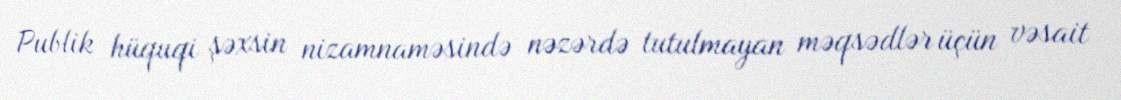
Publik hüquqi şəxsin nizamnaməsində nəzərdə tutulmayan məqsədlər üçün vəsait